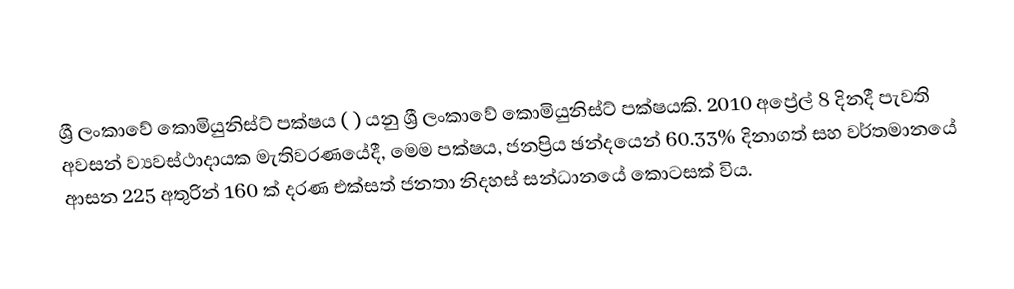
ශ්‍රී ලංකාවේ කොමියුනිස්ට් පක්ෂය ( ) යනු ශ්‍රී ලංකාවේ කොමියුනිස්ට් පක්ෂයකි. 2010 අප්‍රේල් 8 දිනදී පැවති අවසන් ව්‍යවස්ථාදායක මැතිවරණයේදී, මෙම පක්ෂය, ජනප්‍රිය ඡන්දයෙන් 60.33% දිනාගත් සහ වර්තමානයේ ආසන 225 අතුරින් 160 ක් දරණ  එක්සත් ජනතා නිදහස් සන්ධානයේ කොටසක් විය.